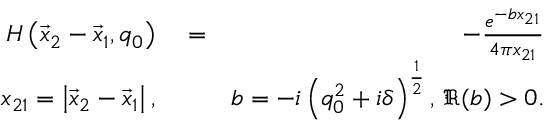
\begin{array} { r l r } { H \left( \vec { x } _ { 2 } - \vec { x } _ { 1 } , q _ { 0 } \right) } & { { } = } & { - \frac { e ^ { - b x _ { 2 1 } } } { 4 \pi x _ { 2 1 } } } \\ { x _ { 2 1 } = \left| \vec { x } _ { 2 } - \vec { x } _ { 1 } \right| , } & { { } } & { b = - i \left( q _ { 0 } ^ { 2 } + i \delta \right) ^ { \frac { 1 } { 2 } } , \, \Re ( b ) > 0 . } \end{array}